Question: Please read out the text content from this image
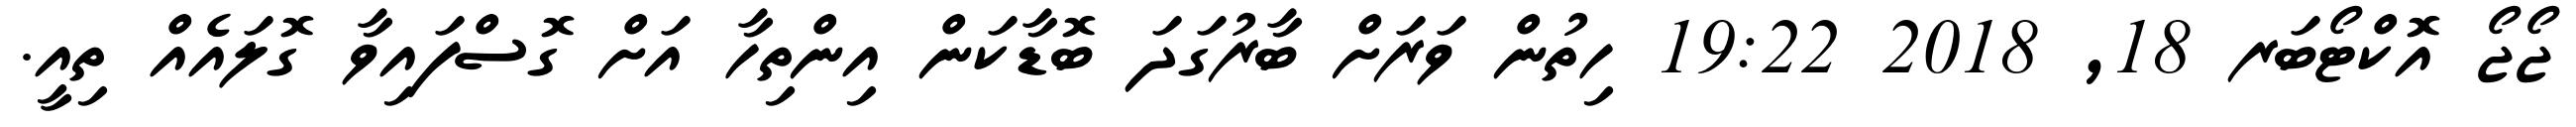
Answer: ޖޯޖޯ އޮކްޓޯބަރ 18, 2018 19:22 ހިތުން ވަރަށް ބާރުގަދަ ބޮޑާކަން އިންތިހާ އަށް ގޮސްފައިވާ ގޮލައެއް ތިއީ.